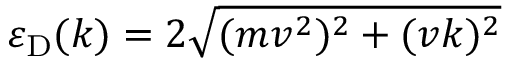
\varepsilon _ { \mathrm { D } } ( k ) = 2 \sqrt { ( m v ^ { 2 } ) ^ { 2 } + ( v k ) ^ { 2 } }